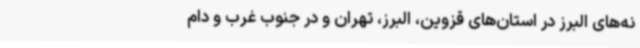
نه‌های البرز در استان‌های قزوین، البرز، تهران و در جنوب غرب و دام